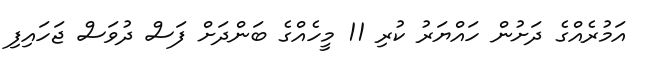
އަމުރެއްގެ ދަށުން ހައްޔަރު ކުރި 11 މީހެއްގެ ބަންދަށް ފަސް ދުވަސް ޖަހައިފި